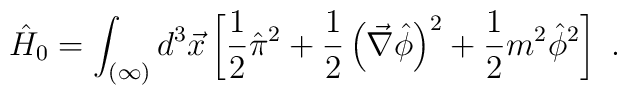
\hat{H}_0=\int_{(\infty)}d^3\vec{x}\left[\frac{1}{2}\hat{\pi}^2+\frac{1}{2}\left(\vec{\nabla}\hat{\phi}\right)^2+\frac{1}{2}m^2\hat{\phi}^2\right]\ .